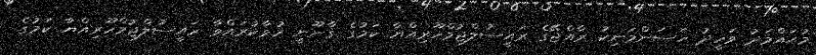
މުޙައްމަދު ވަހީދު ހަސަންމަނިކު ރާއްޖޭގެ ރައީސުލްޖުމްހޫރިއްޔާ ކަމުގެ ޤާނޫނީ ހުވާކުރައްވާ ރައީސުލްޖުމްހޫރިއްޔާ ކަމުގެ